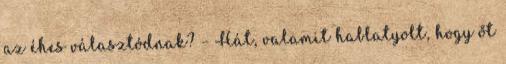
az éhes választódnak? – Hát, valamit hablatyolt, hogy őt